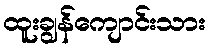
ထူးချွန်ကျောင်းသား